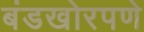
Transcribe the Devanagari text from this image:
बंडखोरपणे